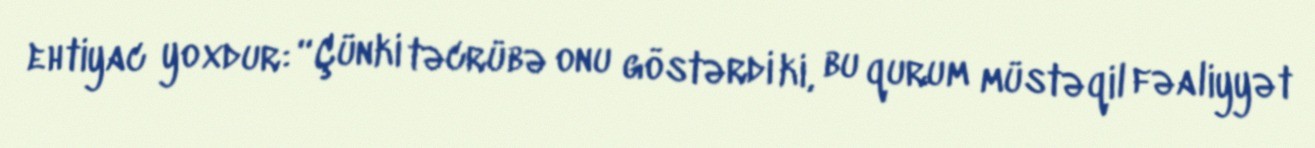
ehtiyac yoxdur: “Çünki təcrübə onu göstərdi ki, bu qurum müstəqil fəaliyyət